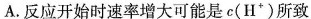
A.反应开始时速率增大可能是c(H^{+})所致